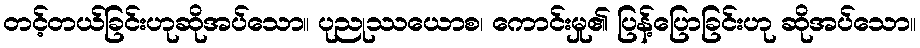
တင့်တယ်ခြင်းဟုဆိုအပ်သော။ ပုညုဿယောစ၊ ကောင်းမှု၏ ပြန့်ပြောခြင်းဟု ဆိုအပ်သော။